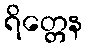
ရိတ္တေန